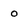
Character: o